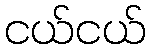
ငယ်ငယ်